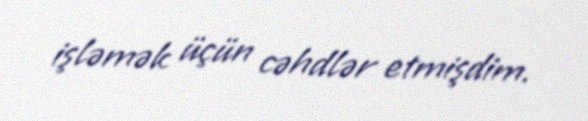
işləmək üçün cəhdlər etmişdim.